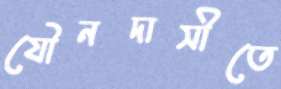
যৌনদাসীতে